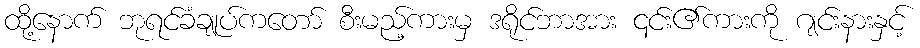
ထို့နောက် ဘုရင်ခံချုပ်ကတော် စီးမည့်ကားမှ ဒရိုင်ဘာအား ၎င်း၏ကားကို ဂျင်းနားနှင့်